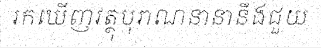
រកឃើញវត្ថុបុរាណនានានឹងជួយ